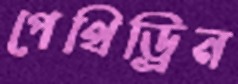
পেথিড্রিন